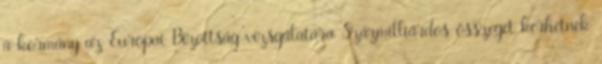
a kor­mány az Európai Bizottság vizsgálatára Százmilliárdos összeget kérhetnek